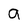
Character: 9